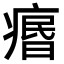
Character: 𤸅